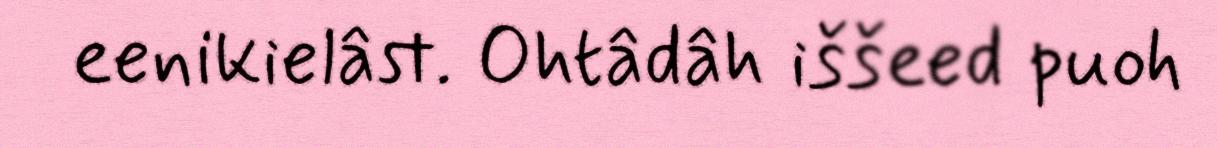
eenikielâst. Ohtâdâh iššeed puoh